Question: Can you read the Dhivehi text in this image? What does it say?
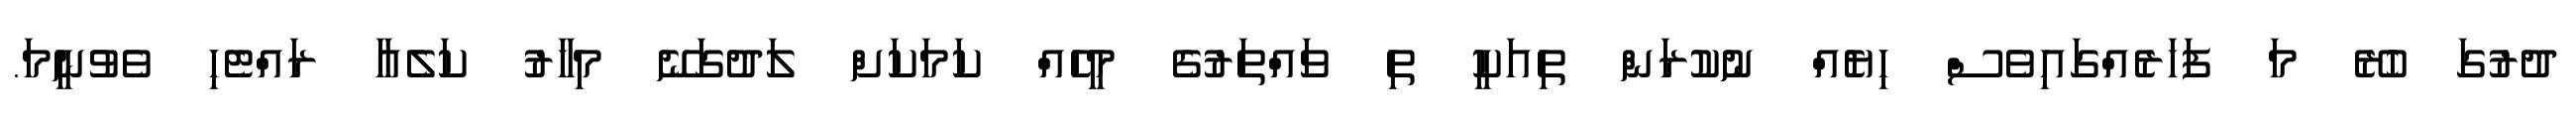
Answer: ދުރުގަ ހުރޭ މަ ފަހަރެއްގައިވެސް ހިޔެއް ނުކުރަން ތިއަކީ ތި ވައްތަރުގެ މީހެއް ކަމަކަށް ލަދުގަނޭ މިހާރު ކަލެއާ ރައްޓެހި ވެވުނީމަ.